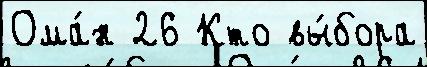
Ома́н 26 Кто вы́бора